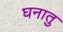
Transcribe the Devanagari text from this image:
घनातु